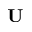
\mathbf { U }